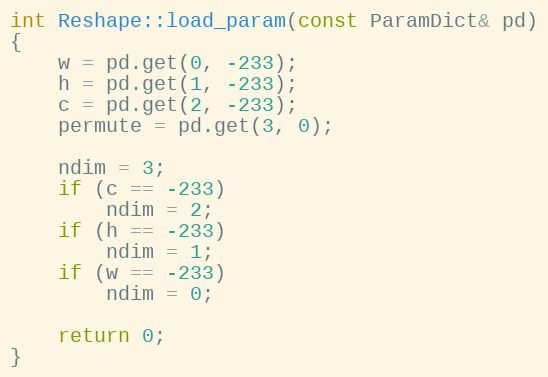
Language: C++
int Reshape::load_param(const ParamDict& pd)
{
    w = pd.get(0, -233);
    h = pd.get(1, -233);
    c = pd.get(2, -233);
    permute = pd.get(3, 0);

    ndim = 3;
    if (c == -233)
        ndim = 2;
    if (h == -233)
        ndim = 1;
    if (w == -233)
        ndim = 0;

    return 0;
}